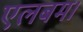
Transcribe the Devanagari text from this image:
एलबम।